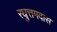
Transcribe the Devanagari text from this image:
रघुत्तमदास